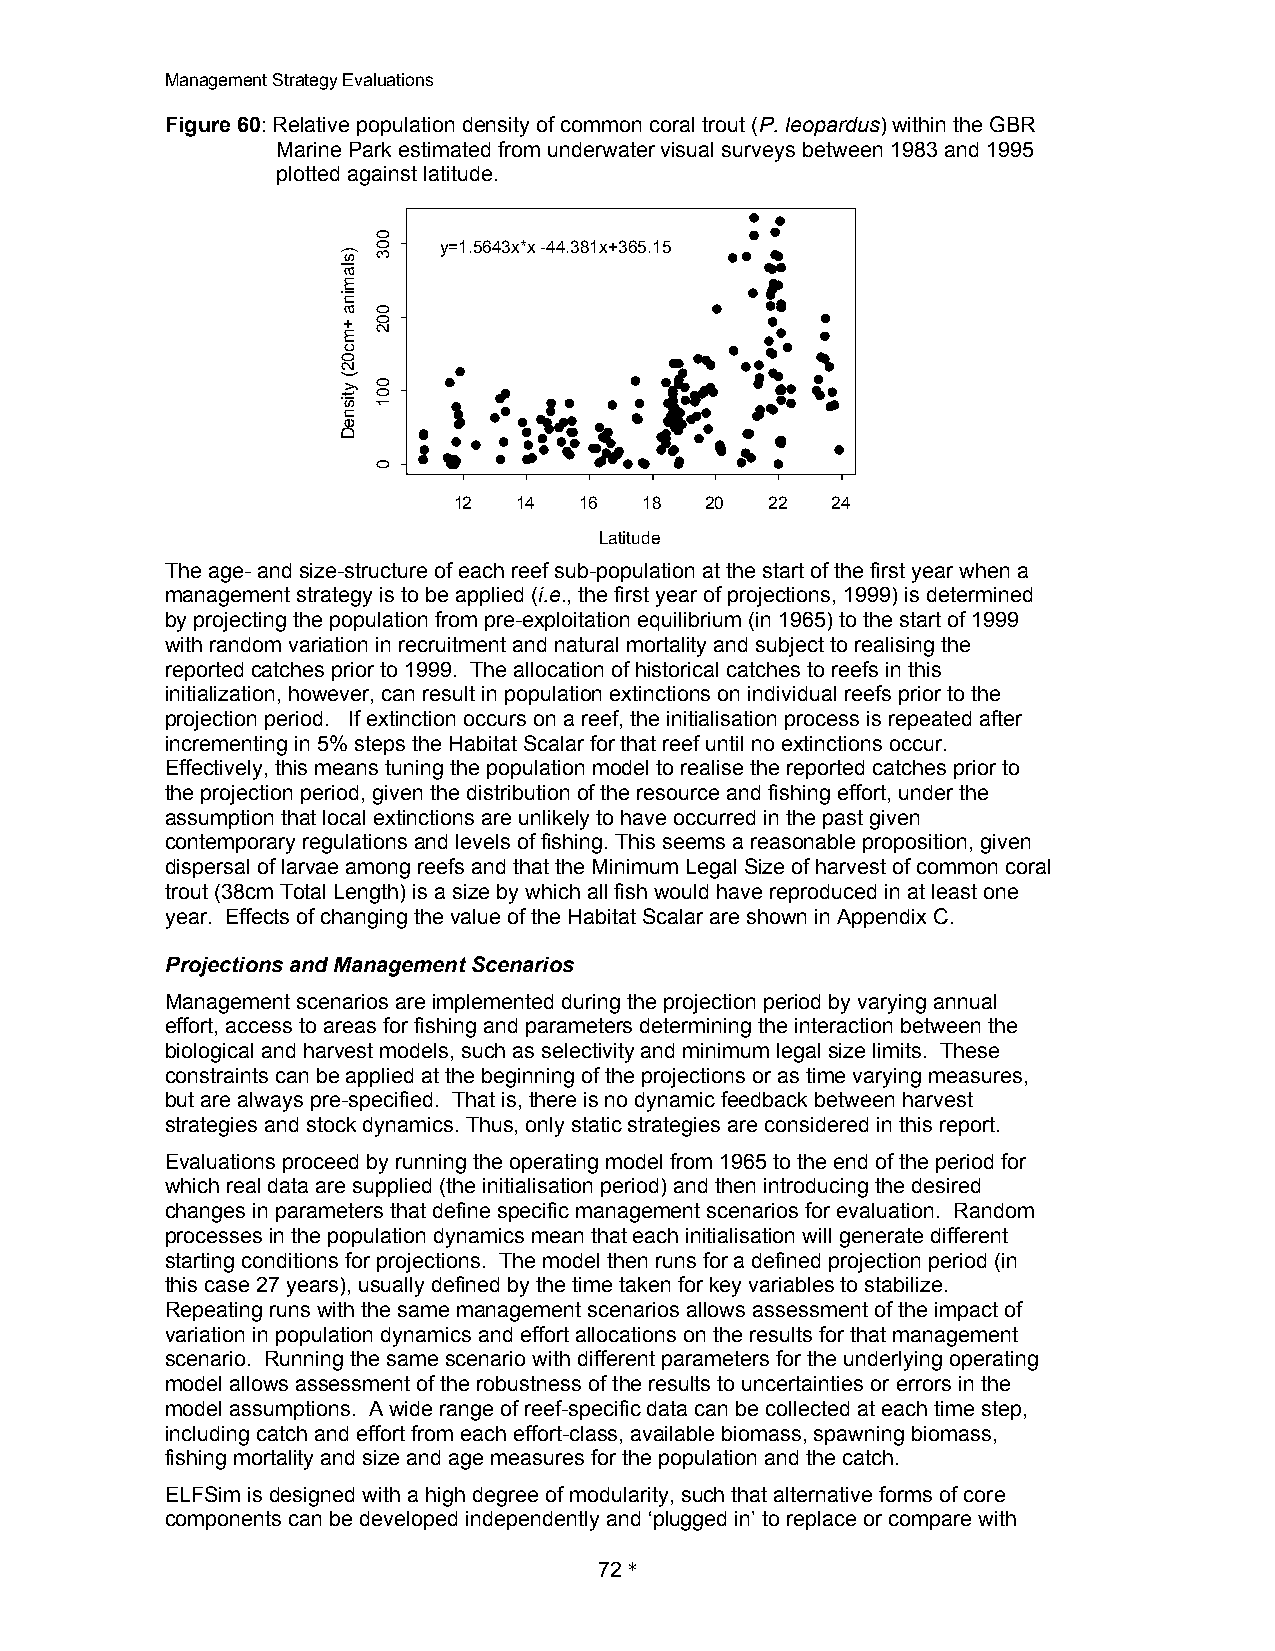
Management Strategy Evaluations
 Figure 60: Relative population density of common coral trout (P. leopardus) within the GBR
 Marine Park estimated from underwater visual surveys between 1983 and 1995
 plotted against latitude.
 y=1.5643x*x -44.381x+365.15
 12  14  16   18  20  22  24
 Latitude
 The age- and size-structure of each reef sub-population at the start of the first year when a
 management strategy is to be applied (i.e., the first year of projections, 1999) is determined
 by projecting the population from pre-exploitation equilibrium (in 1965) to the start of 1999
 with random variation in recruitment and natural mortality and subject to realising the
 reported catches prior to 1999. The allocation of historical catches to reefs in this
 initialization, however, can result in population extinctions on individual reefs prior to the
 projection period. If extinction occurs on a reef, the initialisation process is repeated after
 incrementing in 5% steps the Habitat Scalar for that reef until no extinctions occur.
 Effectively, this means tuning the population model to realise the reported catches prior to
 the projection period, given the distribution of the resource and fishing effort, under the
 assumption that local extinctions are unlikely to have occurred in the past given
 contemporary regulations and levels of fishing. This seems a reasonable proposition, given
 dispersal of larvae among reefs and that the Minimum Legal Size of harvest of common coral
 trout (38cm Total Length) is a size by which all fish would have reproduced in at least one
 year. Effects of changing the value of the Habitat Scalar are shown in Appendix C.
 Projections and Management Scenarios
 Management scenarios are implemented during the projection period by varying annual
 effort, access to areas for fishing and parameters determining the interaction between the
 biological and harvest models, such as selectivity and minimum legal size limits. These
 constraints can be applied at the beginning of the projections or as time varying measures,
 but are always pre-specified. That is, there is no dynamic feedback between harvest
 strategies and stock dynamics. Thus, only static strategies are considered in this report.
 Evaluations proceed by running the operating model from 1965 to the end of the period for
 which real data are supplied (the initialisation period) and then introducing the desired
 changes in parameters that define specific management scenarios for evaluation. Random
 processes in the population dynamics mean that each initialisation will generate different
 starting conditions for projections. The model then runs for a defined projection period (in
 this case 27 years), usually defined by the time taken for key variables to stabilize.
 Repeating runs with the same management scenarios allows assessment of the impact of
 variation in population dynamics and effort allocations on the results for that management
 scenario. Running the same scenario with different parameters for the underlying operating
 model allows assessment of the robustness of the results to uncertainties or errors in the
 model assumptions. A wide range of reef-specific data can be collected at each time step,
 including catch and effort from each effort-class, available biomass, spawning biomass,
 fishing mortality and size and age measures for the population and the catch.
 ELFSim is designed with a high degree of modularity, such that alternative forms of core
 components can be developed independently and ‘plugged in’ to replace or compare with
 72 *
 )slamina
 +mc02(
 ytisneD
 003
 002
 001
 0